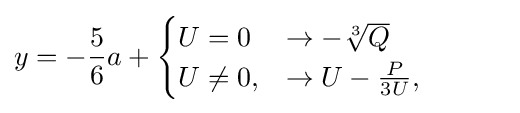
y=-{5 \over 6}a+{\begin{cases}U=0&\to -{\sqrt[{3}]{Q}}\\U\neq 0,&\to U-{P \over 3U},\end{cases}}\quad \quad \quad